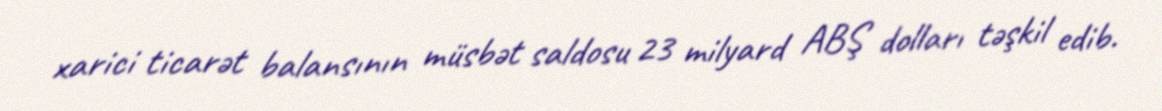
xarici ticarət balansının müsbət saldosu 23 milyard ABŞ dolları təşkil edib.